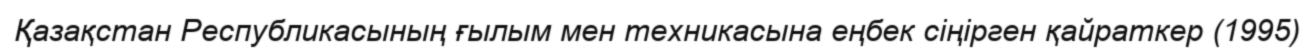
Қазақстан Республикасының ғылым мен техникасына еңбек сіңірген қайраткер (1995)